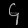
Digit: ၄